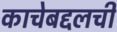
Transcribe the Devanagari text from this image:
काचेबद्दलची